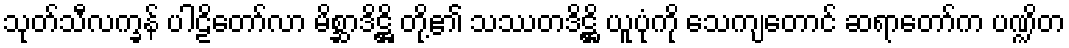
သုတ်သီလက္ခန် ပါဠိတော်လာ မိစ္ဆာဒိဋ္ဌိ တို့၏ သဿတဒိဋ္ဌိ ယူပုံကို သေကျတောင် ဆရာတော်က ပဏ္ဍိတ